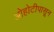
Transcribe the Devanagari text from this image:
ओहोटीपासून